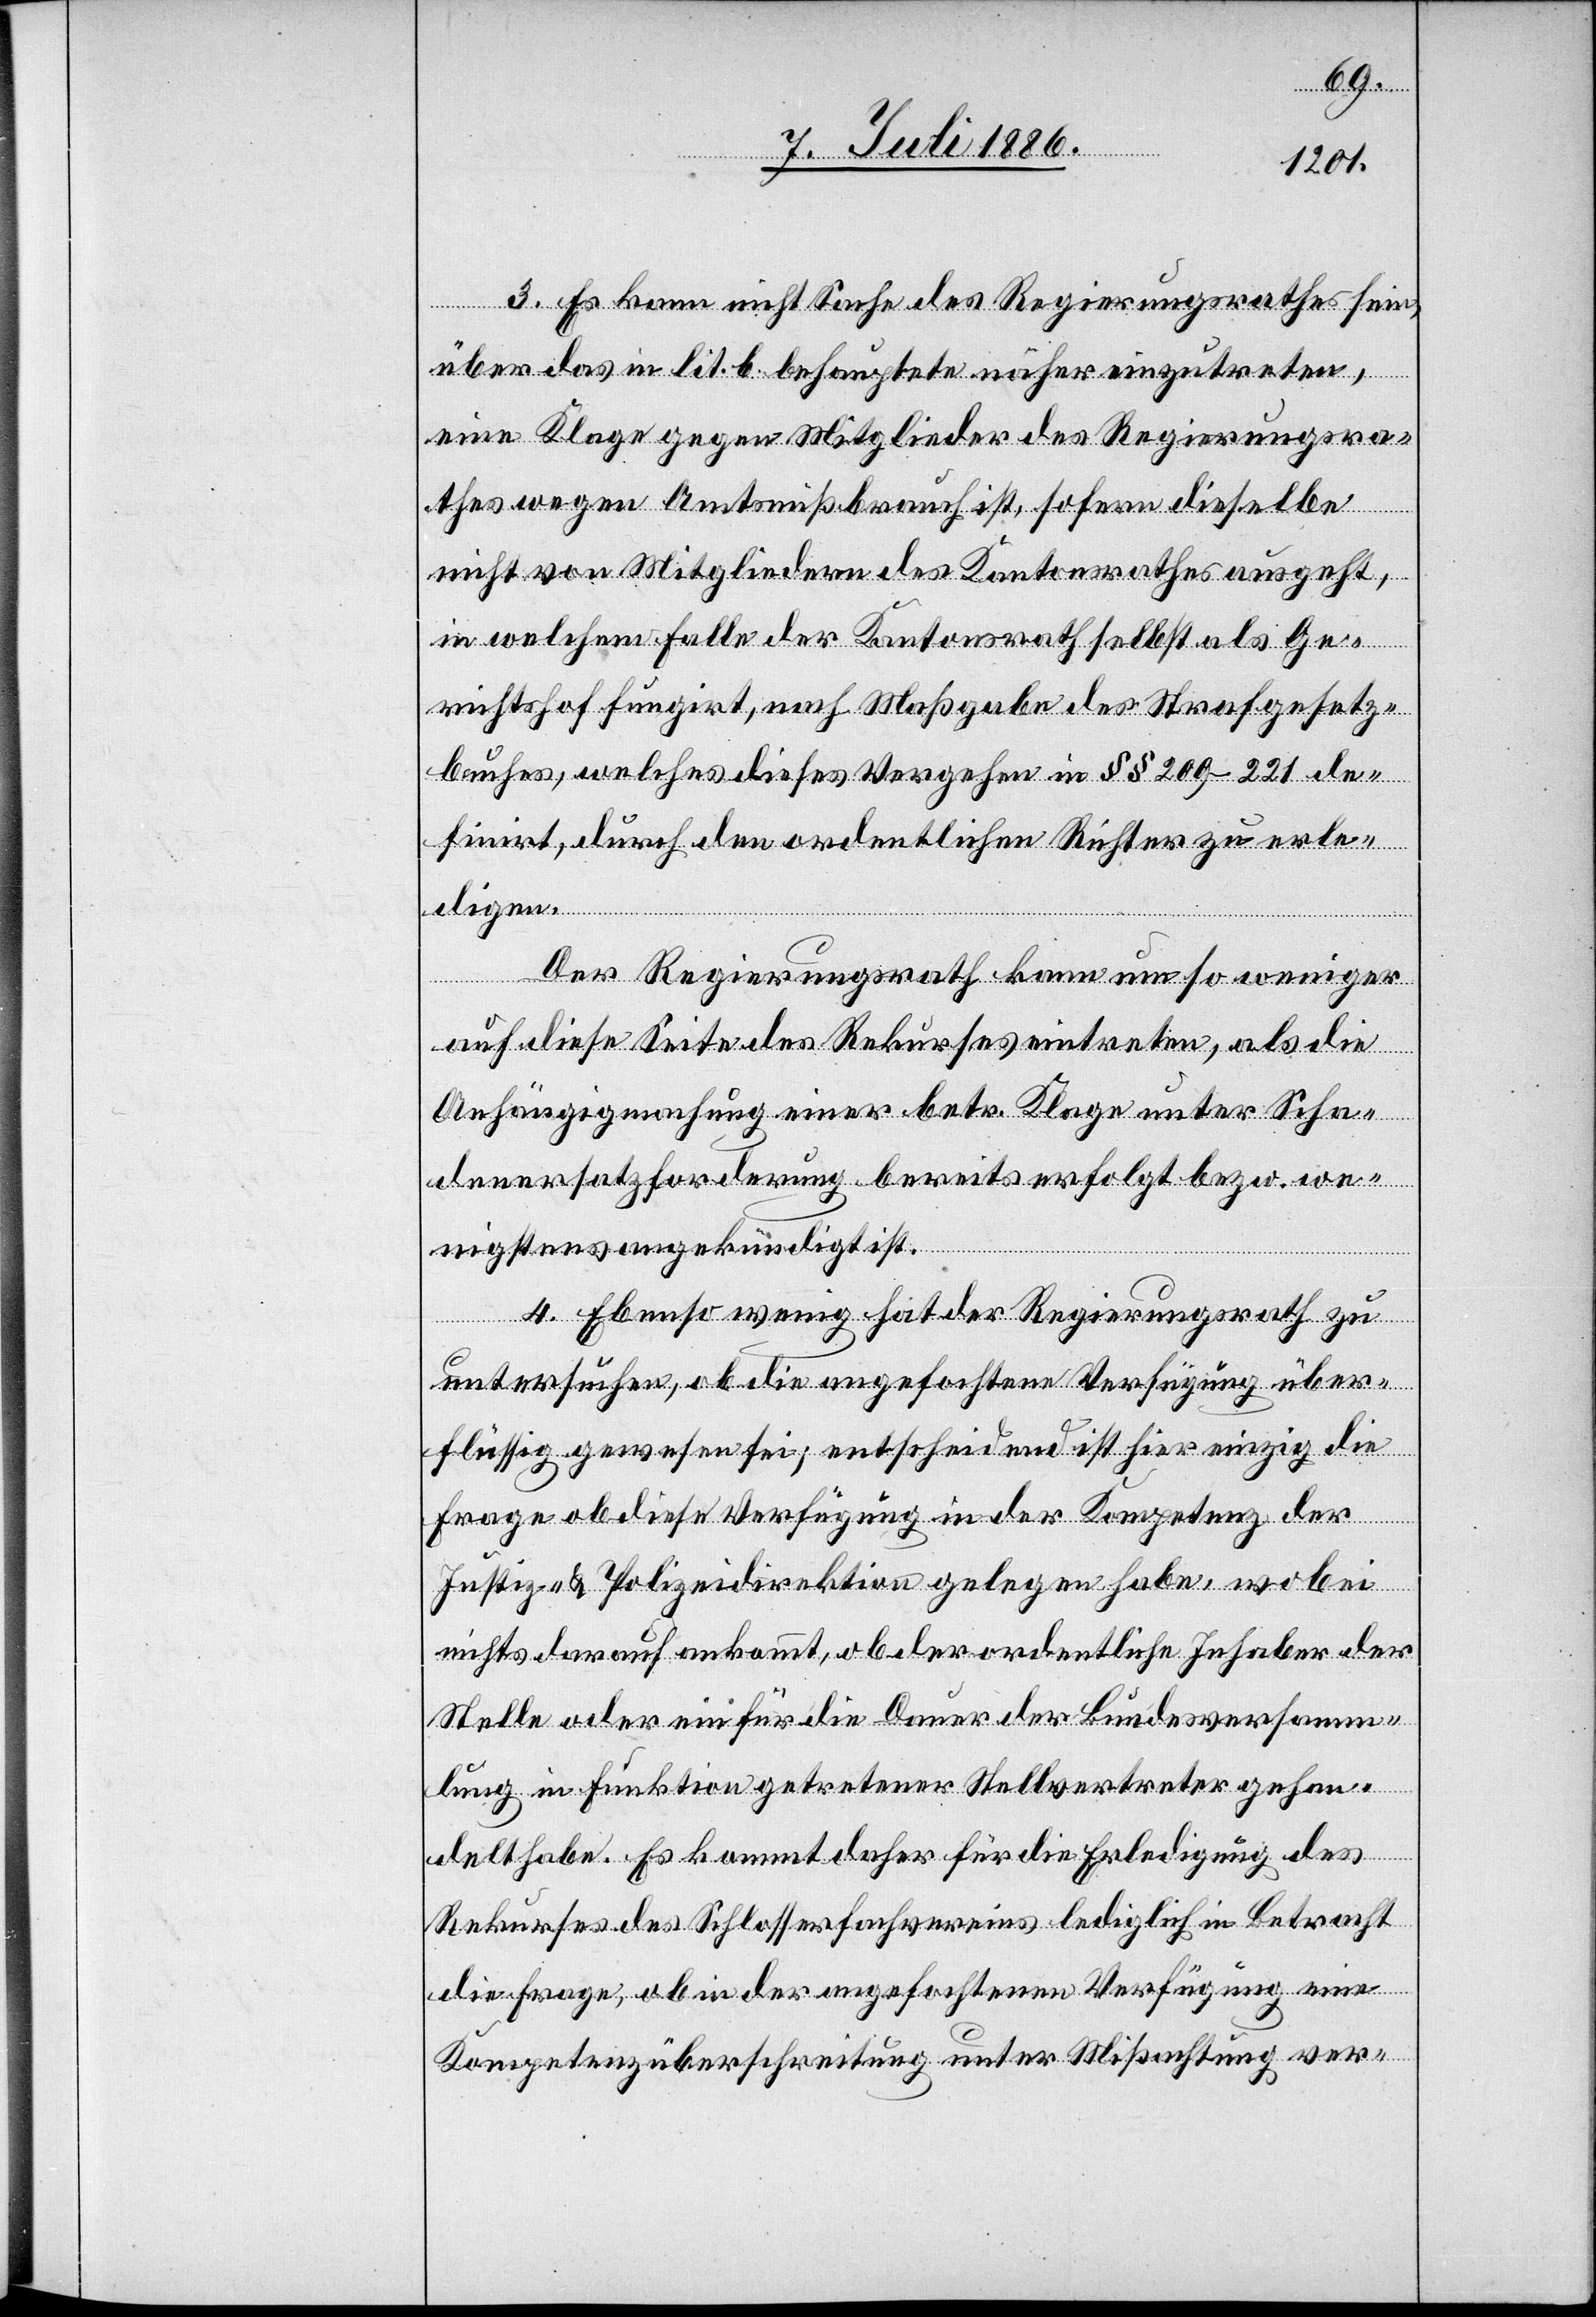
ichtshof fun¬
3. Es kann nicht Sache des Regierungsrathes sein,
über das in lit. b behauptete näher einzutreten,
eine Klage gegen Mitglieder des Regierungsra¬
thes wegen Amtsmißbrauch ist, sofern dieselbe
nicht von Mitgliedern des Kantonsrathes ausgeht,
in welchem Falle der Kantonsrath selbst als Ger¬
girt, durch den ordentlichen Richter zu erle¬
digen.
Der Regierungsrath kann um so weniger
auf diese Seite des Rekurses eintreten, als die
Anhängigmachung einer betr. Klage unter Scha¬
denersatzforderung bereits erfolgt bezw. we¬
nigstens angekündigt ist.
4. Ebenso wenig hat der Regierungsrath zu
untersuchen, ob die angefochtene Verfügung über¬
flüssig gewesen sei; entscheidend ist hier einzig die
Frage ob diese Verfügung in der Kompetenz der
Justiz- & Polizeidirektion gelegen habe, wobei
nichts darauf ankommt, ob der ordentliche Inhaber der
Stelle oder ein für die Dauer der Bundesversamm¬
lung in Funktion getretener Stellvertreter gehan¬
delt habe. Es kommt daher für die Erledigung des
Rekurses des Schlosservereins lediglich in Betracht
die Frage, ob in der angefochtenen Verfügung eine
Kompetenzüberschreitung unter Mißachtung ver-